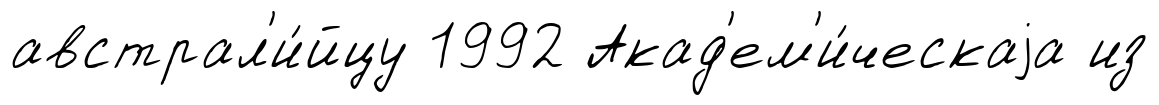
австрал'и́йцу 1992 Акад'ем'и́ческаjа из